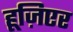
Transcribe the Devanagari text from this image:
हूज़िएर